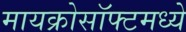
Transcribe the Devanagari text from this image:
मायक्रोसॉफ्टमध्ये